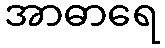
အာဓာရေ